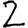
Digit: 2